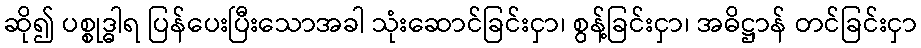
ဆို၍ ပစ္စုဒ္ဓါရ ပြန်ပေးပြီးသောအခါ သုံးဆောင်ခြင်းငှာ၊ စွန့်ခြင်းငှာ၊ အဓိဋ္ဌာန် တင်ခြင်းငှာ